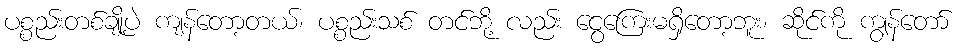
ပစ္စည်းတစ်ချို့ပဲ ကျန်တော့တယ်၊ ပစ္စည်းသစ် တင်ဘို့ လည်း ငွေကြေးမရှိတော့ဘူး၊ ဆိုင်ကို ကျွန်တော်